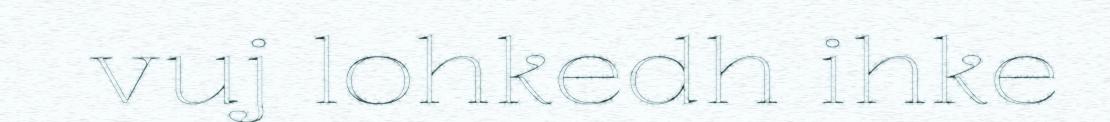
vuj lohkedh ihke